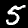
Label: 5